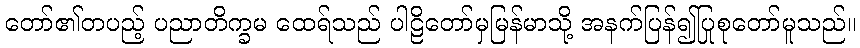
တော်၏တပည့် ပညာတိက္ခမ ထေရ်သည် ပါဠိတော်မှမြန်မာသို့ အနက်ပြန်၍ပြုစုတော်မူသည်။